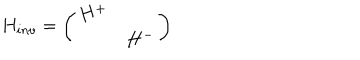
LaTeX: H _ { i n v } = \left( \begin{array} { c c } { { H ^ { + } } } & { { \mathrm { } } } \\ { { \mathrm { } } } & { { H ^ { - } } } \\ \end{array} \right)